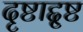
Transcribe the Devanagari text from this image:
दृष्टाद्दृष्ट